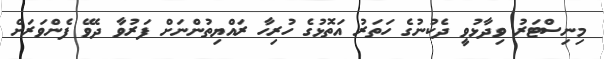
މިނިސްޓަރު ވިދާޅުވީ ދެކުނުގެ ހަތަރު އަތޮޅުގެ ހުރިހާ ރައްޔިތުންނަށް ފަރުވާ ދެވޭ ފެންވަރަށް